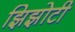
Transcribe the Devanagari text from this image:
झिझोटी